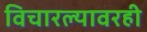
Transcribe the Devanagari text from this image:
विचारल्यावरही